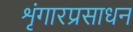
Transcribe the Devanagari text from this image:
शृंगारप्रसाधन